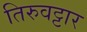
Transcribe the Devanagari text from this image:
तिरुवट्टार